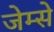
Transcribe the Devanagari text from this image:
जेम्से